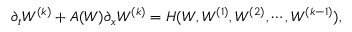
\partial _ { t } W ^ { ( k ) } + A ( W ) \partial _ { x } W ^ { ( k ) } = H ( W , W ^ { ( 1 ) } , W ^ { ( 2 ) } , \cdots , W ^ { ( k - 1 ) } ) ,